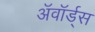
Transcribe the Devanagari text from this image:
अॅवॉर्ड्स